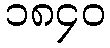
၁၈၄၀